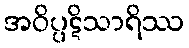
အဝိပ္ပဋိသာရိဿ